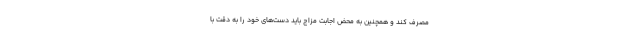
مصرف کند و همچنین به محض اجابت مزاج باید دست‌های خود را به دقت با